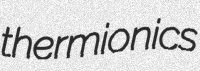
thermionics